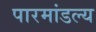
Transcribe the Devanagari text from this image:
पारमांडल्य